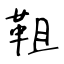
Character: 靻